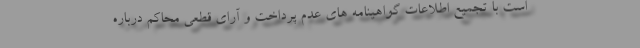
است با تجمیع اطلاعات گواهینامه های عدم پرداخت و آرای قطعی محاکم درباره